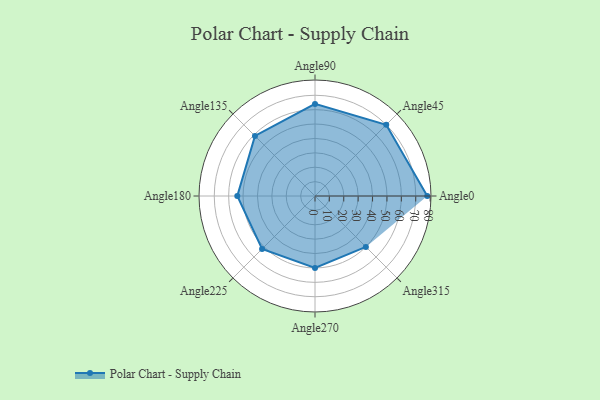
{"axis": {"x": "Angle", "y": "Radius"}, "legend": [""], "data": [{"x": "Angle0", "y": 78.0, "type": ""}, {"x": "Angle45", "y": 70.0, "type": ""}, {"x": "Angle90", "y": 64.0, "type": ""}, {"x": "Angle135", "y": 59.0, "type": ""}, {"x": "Angle180", "y": 54.0, "type": ""}, {"x": "Angle225", "y": 52.0, "type": ""}, {"x": "Angle270", "y": 50, "type": ""}, {"x": "Angle315", "y": 50, "type": ""}]}